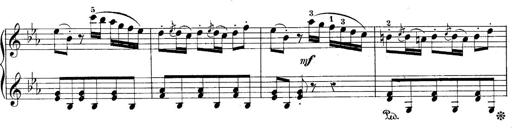
Title: 10 Sonatines progressives
Composer: Anton Schmoll